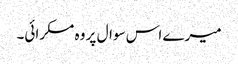
میرے اس سوال پر وہ مسکرائی۔